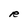
Character: R